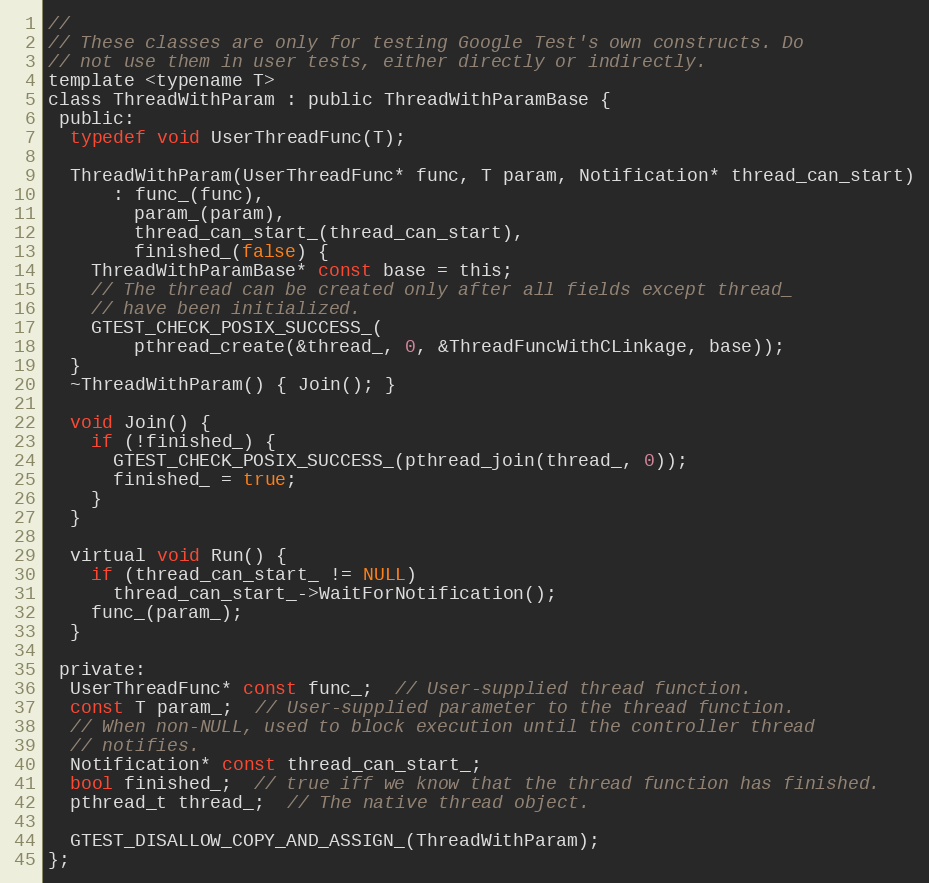
Language: C
//
// These classes are only for testing Google Test's own constructs. Do
// not use them in user tests, either directly or indirectly.
template <typename T>
class ThreadWithParam : public ThreadWithParamBase {
 public:
  typedef void UserThreadFunc(T);

  ThreadWithParam(UserThreadFunc* func, T param, Notification* thread_can_start)
      : func_(func),
        param_(param),
        thread_can_start_(thread_can_start),
        finished_(false) {
    ThreadWithParamBase* const base = this;
    // The thread can be created only after all fields except thread_
    // have been initialized.
    GTEST_CHECK_POSIX_SUCCESS_(
        pthread_create(&thread_, 0, &ThreadFuncWithCLinkage, base));
  }
  ~ThreadWithParam() { Join(); }

  void Join() {
    if (!finished_) {
      GTEST_CHECK_POSIX_SUCCESS_(pthread_join(thread_, 0));
      finished_ = true;
    }
  }

  virtual void Run() {
    if (thread_can_start_ != NULL)
      thread_can_start_->WaitForNotification();
    func_(param_);
  }

 private:
  UserThreadFunc* const func_;  // User-supplied thread function.
  const T param_;  // User-supplied parameter to the thread function.
  // When non-NULL, used to block execution until the controller thread
  // notifies.
  Notification* const thread_can_start_;
  bool finished_;  // true iff we know that the thread function has finished.
  pthread_t thread_;  // The native thread object.

  GTEST_DISALLOW_COPY_AND_ASSIGN_(ThreadWithParam);
};